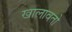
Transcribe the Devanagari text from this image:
खालावतो